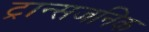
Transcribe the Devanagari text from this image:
ट्रान्सजनिक